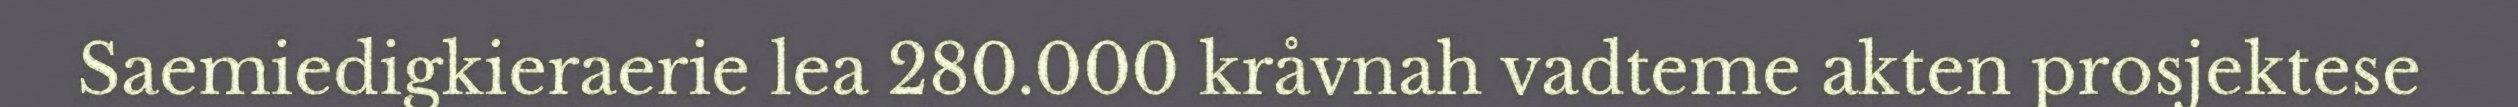
Saemiedigkieraerie lea 280.000 kråvnah vadteme akten prosjektese